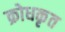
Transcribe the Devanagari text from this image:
क्रोधकृत